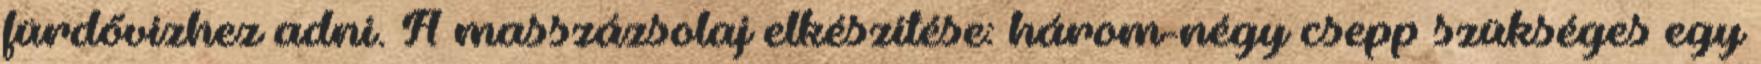
fürdővízhez adni. A masszázsolaj elkészítése: három-négy csepp szükséges egy